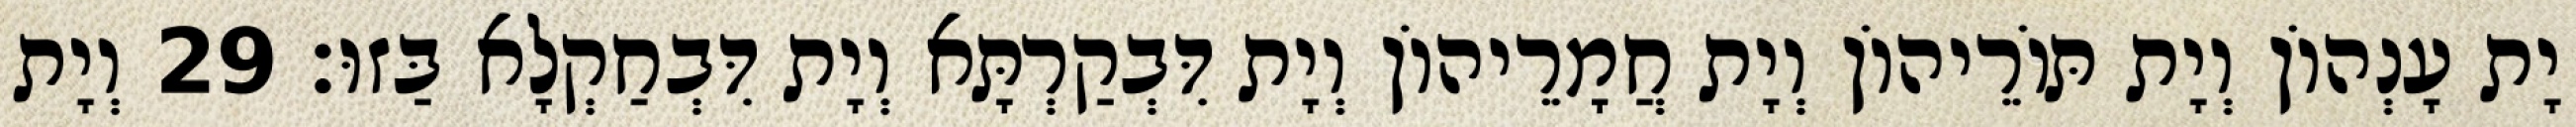
יָת עָנְהוֹן וְיָת תּוֹרֵיהוֹן וְיָת חֲמָרֵיהוֹן וְיָת דִּבְקַרְתָּא וְיָת דִּבְחַקְלָא בַּזוּ׃ 29 וְיָת